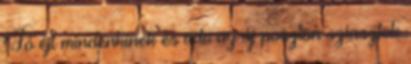
Jó éjt mindenkinek és üdv az új poszton sziasztok